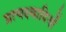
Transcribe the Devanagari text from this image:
प्रत्यक्ष्वादियों